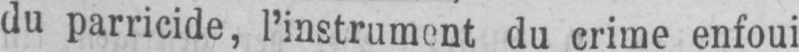
du parricide, l’instrument du crime enfoui